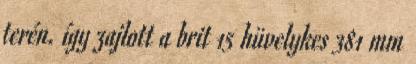
terén. így zajlott a brit 15 hüvelykes 381 mm